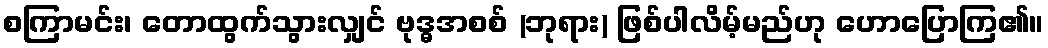
စကြာမင်း၊ တောထွက်သွားလျှင် ဗုဒ္ဓအစစ် (ဘုရား) ဖြစ်ပါလိမ့်မည်ဟု ဟောပြောကြ၏။